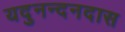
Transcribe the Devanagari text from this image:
यदुनन्दनदास